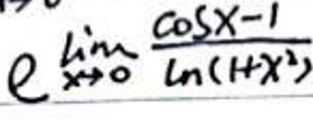
$e ^ { \lim _ { x \to 0 } \frac { \cos x - 1 } { \ln ( 1 + x ^ { 2 } ) } }$